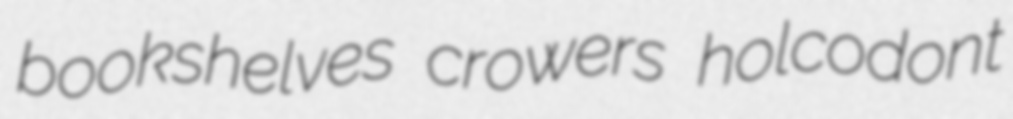
bookshelves crowers holcodont